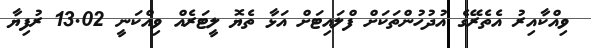
ވިއްކާއިރު އެތެރޭގެ އުދުހުންތަކަށް ފްލައިޓަށް އަޅާ ތެޔޮ ލީޓަރެއް ވިއްކަނީ 13.02 ރުފިޔާ